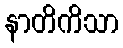
နာတိကိသာ